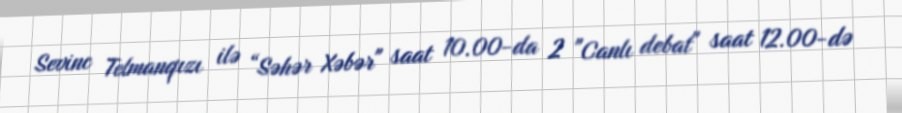
Sevinc Telmanqızı ilə “Səhər Xəbər" saat 10.00-da 2 "Canlı debat" saat 12.00-də